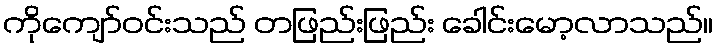
ကိုကျော်ဝင်းသည် တဖြည်းဖြည်း ခေါင်းမော့လာသည်။